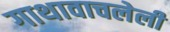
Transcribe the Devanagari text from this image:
गाथावाचलेली